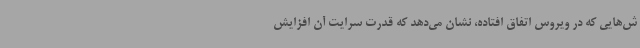
ش‌هایی که در ویروس اتفاق افتاده، نشان می‌دهد که قدرت سرایت آن افزایش